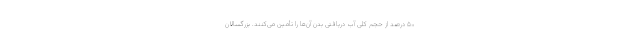
۵۰ درصد از حجم کلی آب دریافتی بدن آن‌ها را تأمین می‌کنند. بزرگسالان